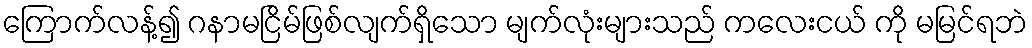
ကြောက်လန့်၍ ဂနာမငြိမ်ဖြစ်လျက်ရှိသော မျက်လုံးများသည် ကလေးငယ် ကို မမြင်ရဘဲ